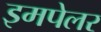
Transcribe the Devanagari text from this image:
इमपेलर